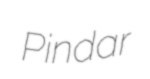
Pindar